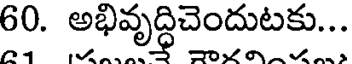
60. అభివృద్ధిచెందుటకు...